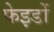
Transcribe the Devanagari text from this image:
फेइडों